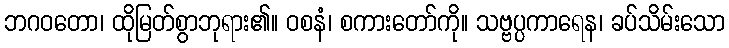
ဘဂဝတော၊ ထိုမြတ်စွာဘုရား၏။ ဝစနံ၊ စကားတော်ကို။ သဗ္ဗပ္ပကာရေန၊ ခပ်သိမ်းသော